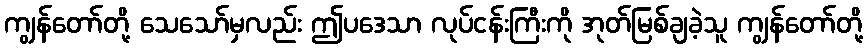
ကျွန်တော်တို့ သေသော်မှလည်း ဤပဒေသာ လုပ်ငန်းကြီးကို အုတ်မြစ်ချခဲ့သူ ကျွန်တော်တို့